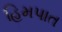
હિમપાત